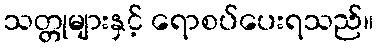
သတ္တုများနှင့် ရောစပ်ပေးရသည်။